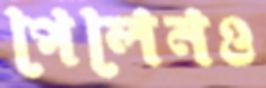
পেলেনও